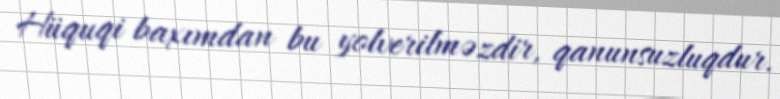
Hüquqi baxımdan bu yolverilməzdir, qanunsuzluqdur.